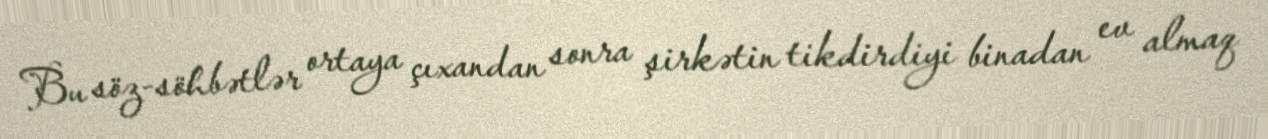
Bu söz-söhbətlər ortaya çıxandan sonra şirkətin tikdirdiyi binadan ev almaq